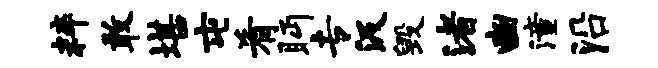
粹敢堪屯肴眄专汲毁渚豳潼沿